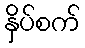
နှိပ်စက်